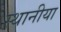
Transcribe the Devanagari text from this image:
स्थानीया